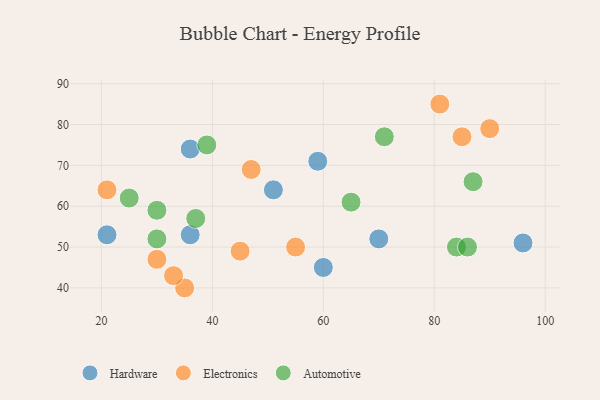
{"axis": {"x": "GDP", "y": "Life Expectancy"}, "legend": ["Automotive", "Electronics", "Hardware"], "data": [{"x": "60", "y": 45, "type": "Hardware"}, {"x": "36", "y": 74, "type": "Hardware"}, {"x": "59", "y": 71, "type": "Hardware"}, {"x": "70", "y": 52, "type": "Hardware"}, {"x": "96", "y": 51, "type": "Hardware"}, {"x": "21", "y": 53, "type": "Hardware"}, {"x": "51", "y": 64, "type": "Hardware"}, {"x": "36", "y": 53, "type": "Hardware"}, {"x": "35", "y": 40, "type": "Electronics"}, {"x": "21", "y": 64, "type": "Electronics"}, {"x": "90", "y": 79, "type": "Electronics"}, {"x": "30", "y": 47, "type": "Electronics"}, {"x": "33", "y": 43, "type": "Electronics"}, {"x": "47", "y": 69, "type": "Electronics"}, {"x": "81", "y": 85, "type": "Electronics"}, {"x": "85", "y": 77, "type": "Electronics"}, {"x": "45", "y": 49, "type": "Electronics"}, {"x": "55", "y": 50, "type": "Electronics"}, {"x": "84", "y": 50, "type": "Automotive"}, {"x": "39", "y": 75, "type": "Automotive"}, {"x": "86", "y": 50, "type": "Automotive"}, {"x": "30", "y": 52, "type": "Automotive"}, {"x": "87", "y": 66, "type": "Automotive"}, {"x": "65", "y": 61, "type": "Automotive"}, {"x": "71", "y": 77, "type": "Automotive"}, {"x": "30", "y": 59, "type": "Automotive"}, {"x": "25", "y": 62, "type": "Automotive"}, {"x": "37", "y": 57, "type": "Automotive"}]}